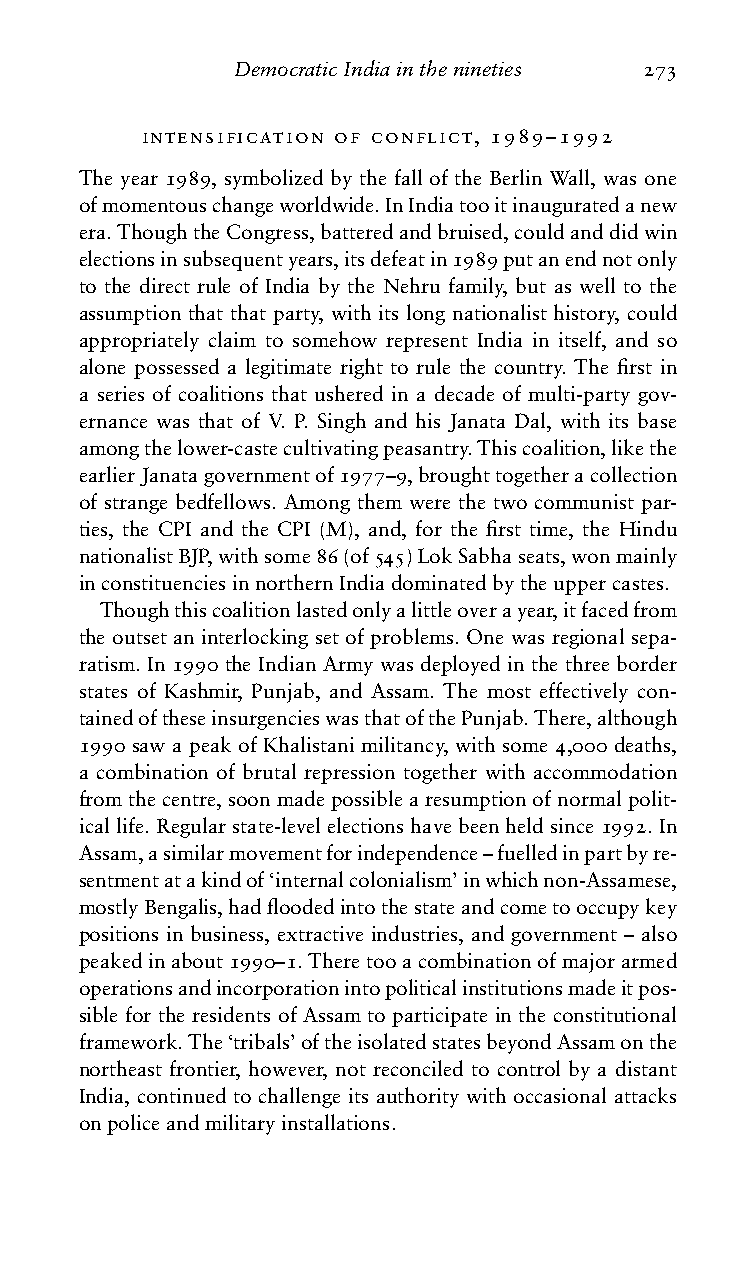
DemocraticIndiainthenineties 273
 intensification of conflict, 1989–1992
 The year 1989, symbolized by the fall of the Berlin Wall, was one
 ofmomentouschangeworldwide.InIndiatooitinauguratedanew
 era.ThoughtheCongress,batteredandbruised,couldanddidwin
 electionsinsubsequentyears,itsdefeatin1989putanendnotonly
 to the direct rule of India by the Nehru family, but as well to the
 assumption that that party, with its long nationalist history, could
 appropriately claim to somehow represent India in itself, and so
 alone possessed a legitimate right to rule the country. The first in
 a series of coalitions that ushered in a decade of multi-party gov-
 ernance was that of V. P. Singh and his Janata Dal, with its base
 amongthelower-castecultivatingpeasantry.Thiscoalition,likethe
 earlierJanatagovernmentof1977–9,broughttogetheracollection
 of strange bedfellows. Among them were the two communist par-
 ties, the CPI and the CPI (M), and, for the first time, the Hindu
 nationalistBJP,withsome86(of545)LokSabhaseats,wonmainly
 inconstituenciesinnorthernIndiadominatedbytheuppercastes.
 Thoughthiscoalitionlastedonlyalittleoverayear,itfacedfrom
 the outset an interlocking set of problems. One was regional sepa-
 ratism. In 1990 the Indian Army was deployed in the three border
 states of Kashmir, Punjab, and Assam. The most effectively con-
 tainedoftheseinsurgencieswasthatofthePunjab.There,although
 1990 saw a peak of Khalistani militancy, with some 4,000 deaths,
 a combination of brutal repression together with accommodation
 fromthecentre,soonmadepossiblearesumptionofnormalpolit-
 icallife.Regularstate-levelelectionshavebeenheldsince1992.In
 Assam,asimilarmovementforindependence–fuelledinpartbyre-
 sentmentatakindof‘internalcolonialism’inwhichnon-Assamese,
 mostlyBengalis,hadfloodedintothestateandcometooccupykey
 positions in business, extractive industries, and government – also
 peakedinabout1990–1.Theretooacombinationofmajorarmed
 operationsandincorporationintopoliticalinstitutionsmadeitpos-
 sible for the residents of Assam to participate in the constitutional
 framework.The‘tribals’oftheisolatedstatesbeyondAssamonthe
 northeast frontier, however, not reconciled to control by a distant
 India, continued to challenge its authority with occasional attacks
 onpoliceandmilitaryinstallations.